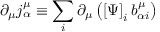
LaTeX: \partial _ { \mu } j _ { \alpha } ^ { \mu } \equiv \sum _ { i } \partial _ { \mu } \left( \left[ \Psi \right] _ { i } b _ { \alpha i } ^ { \mu } \right)